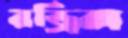
রড্রিক্স